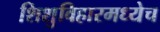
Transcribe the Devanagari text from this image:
शिशुविहारमध्येच